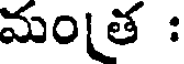
మంత :